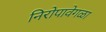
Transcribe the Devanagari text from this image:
निरोपावेगळा